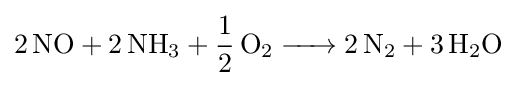
{\ce {2 NO + 2 NH3 + 1/2 O2 -> 2 N2 + 3 H2O}}